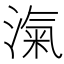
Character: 滊